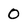
Character: 0